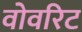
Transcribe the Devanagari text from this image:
वोवरिट